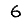
Digit: 6